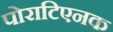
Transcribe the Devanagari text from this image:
पोराटिएनक